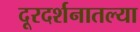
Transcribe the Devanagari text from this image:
दूरदर्शनातल्या